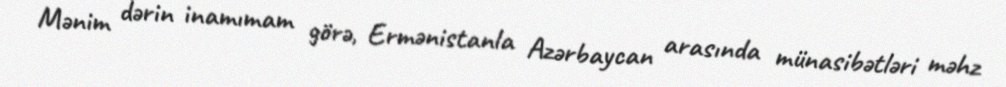
Mənim dərin inamımam görə, Ermənistanla Azərbaycan arasında münasibətləri məhz